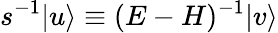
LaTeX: s^{-1}|u\rangle\equiv(E-H)^{-1}|v\rangle